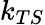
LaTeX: k_{TS}